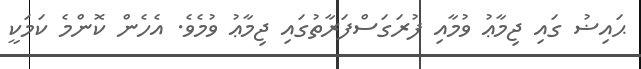
ޙައިޟު ގައި ޖިމާޢު ވުމާއި ފުރަގަސްފަރާތުގައި ޖިމާޢު ވުމެވެ. އެހެން ކޮންމެ ކަމަކީ